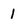
Character: 1